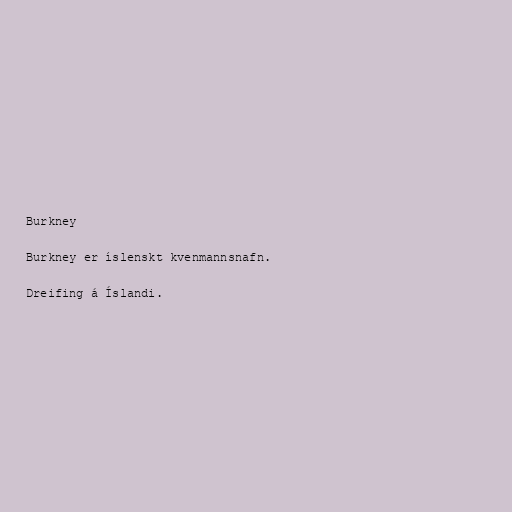
Burkney

Burkney er íslenskt kvenmannsnafn.

Dreifing á Íslandi.